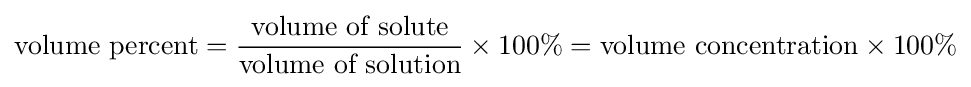
{\text{volume percent}}={\frac {\text{volume of solute}}{\text{volume of solution}}}\times 100\%={\text{volume concentration}}\times 100\%